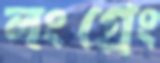
লংগ্রেং